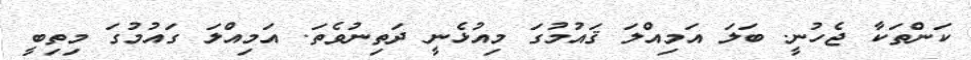
ކަންތަކާ ޖެހުނީ. ބަލަ އަމިއްލަ ޤައުމުގަ މިއުޅެނީ ދަތިނުވެތަ. އަމިއްލަ ގައުމުގަ މިތިބީ